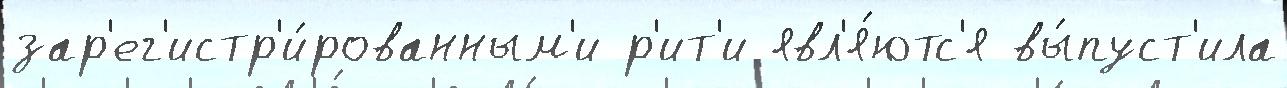
зар'ег'истр'и́рованным'и р'ит'и явл'я́ютс'я вы́пуст'ила